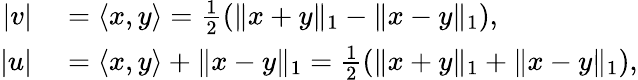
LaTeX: \begin{array}{rl}{|v|}&{{}=\langle x,y\rangle=\frac{1}{2}(\| x+y\| _{1}-\| x-y\| _{1}),}\\ {|u|}&{{}=\langle x,y\rangle+\| x-y\| _{1}=\frac{1}{2}(\| x+y\| _{1}+\| x-y\| _{1}),}\end{array}